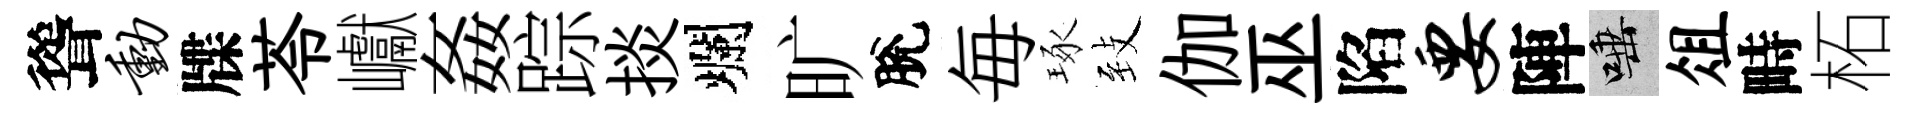
聳动牒苓巘姦踪掞爛旷脫毎琢𦤺伽巫陷要陣唾俎畤柘